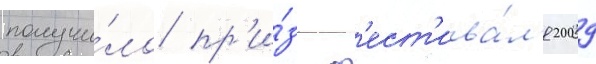
получи́ло пр'и́з ф'ест'ива́л'я 2009